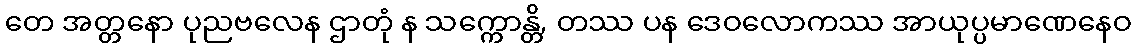
တေ အတ္တနော ပုညဗလေန ဌာတုံ န သက္ကောန္တိ, တဿ ပန ဒေဝလောကဿ အာယုပ္ပမာဏေနေဝ